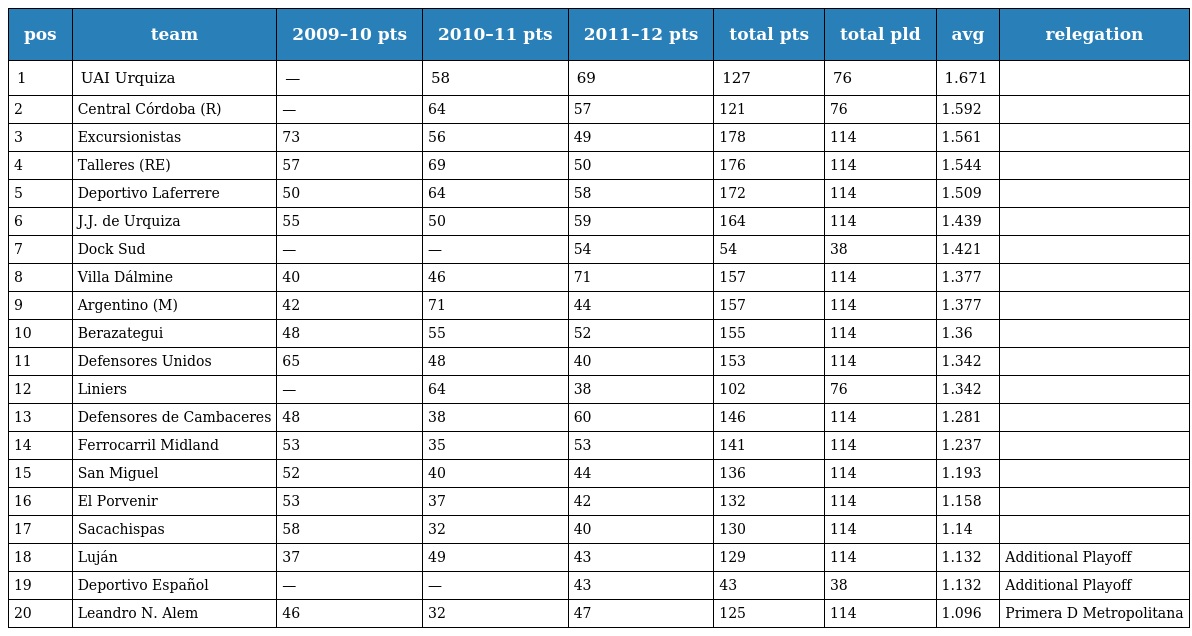
| pos | team | 2009–10 pts | 2010–11 pts | 2011–12 pts | total pts | total pld | avg | relegation |
 | --- | --- | --- | --- | --- | --- | --- | --- | --- |
 | 1 | UAI Urquiza | — | 58 | 69 | 127 | 76 | 1.671 |  |
 | 2 | Central Córdoba (R) | — | 64 | 57 | 121 | 76 | 1.592 |  |
 | 3 | Excursionistas | 73 | 56 | 49 | 178 | 114 | 1.561 |  |
 | 4 | Talleres (RE) | 57 | 69 | 50 | 176 | 114 | 1.544 |  |
 | 5 | Deportivo Laferrere | 50 | 64 | 58 | 172 | 114 | 1.509 |  |
 | 6 | J.J. de Urquiza | 55 | 50 | 59 | 164 | 114 | 1.439 |  |
 | 7 | Dock Sud | — | — | 54 | 54 | 38 | 1.421 |  |
 | 8 | Villa Dálmine | 40 | 46 | 71 | 157 | 114 | 1.377 |  |
 | 9 | Argentino (M) | 42 | 71 | 44 | 157 | 114 | 1.377 |  |
 | 10 | Berazategui | 48 | 55 | 52 | 155 | 114 | 1.36 |  |
 | 11 | Defensores Unidos | 65 | 48 | 40 | 153 | 114 | 1.342 |  |
 | 12 | Liniers | — | 64 | 38 | 102 | 76 | 1.342 |  |
 | 13 | Defensores de Cambaceres | 48 | 38 | 60 | 146 | 114 | 1.281 |  |
 | 14 | Ferrocarril Midland | 53 | 35 | 53 | 141 | 114 | 1.237 |  |
 | 15 | San Miguel | 52 | 40 | 44 | 136 | 114 | 1.193 |  |
 | 16 | El Porvenir | 53 | 37 | 42 | 132 | 114 | 1.158 |  |
 | 17 | Sacachispas | 58 | 32 | 40 | 130 | 114 | 1.14 |  |
 | 18 | Luján | 37 | 49 | 43 | 129 | 114 | 1.132 | Additional Playoff |
 | 19 | Deportivo Español | — | — | 43 | 43 | 38 | 1.132 | Additional Playoff |
 | 20 | Leandro N. Alem | 46 | 32 | 47 | 125 | 114 | 1.096 | Primera D Metropolitana |